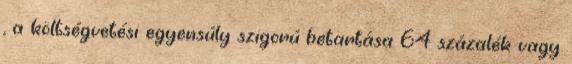
, a költségvetési egyensúly szigorú betartása 64 százalék vagy